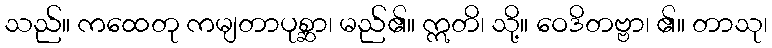
သည်။ ကထေတု ကမျတာပုစ္ဆာ၊ မည်၏။ ဣတိ၊ သို့။ ဝေဒိတဗ္ဗာ၊ ၏။ တာသု၊